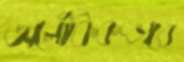
অলৌকিকভাবে